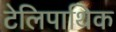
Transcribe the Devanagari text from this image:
टेलिपाथिक